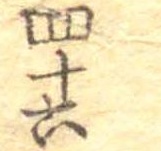
四十六